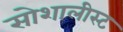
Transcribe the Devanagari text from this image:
सोशालीस्ट